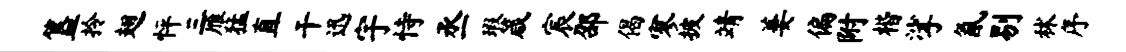
簋拎翅怦三雁猛直干迅宇恃丞瑕箴宸邵偈寥披靖萋偏附楷挲氤剔秫序